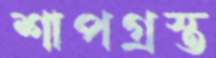
শাপগ্রস্ত